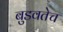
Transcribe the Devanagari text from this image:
बुडवतेच